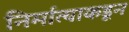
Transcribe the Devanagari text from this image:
निर्मात्याकडून